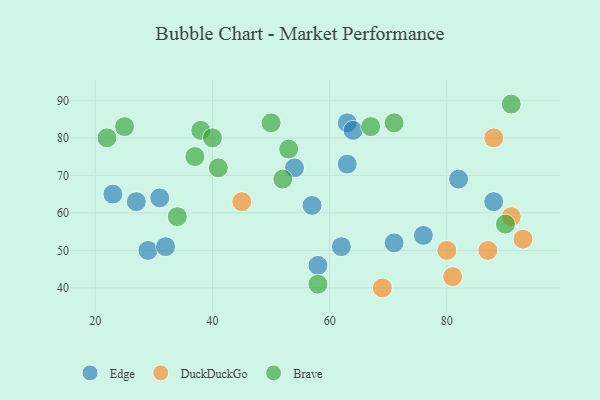
{"axis": {"x": "GDP", "y": "Life Expectancy"}, "legend": ["Brave", "DuckDuckGo", "Edge"], "data": [{"x": "63", "y": 73, "type": "Edge"}, {"x": "76", "y": 54, "type": "Edge"}, {"x": "88", "y": 63, "type": "Edge"}, {"x": "58", "y": 46, "type": "Edge"}, {"x": "71", "y": 52, "type": "Edge"}, {"x": "63", "y": 84, "type": "Edge"}, {"x": "23", "y": 65, "type": "Edge"}, {"x": "82", "y": 69, "type": "Edge"}, {"x": "57", "y": 62, "type": "Edge"}, {"x": "29", "y": 50, "type": "Edge"}, {"x": "54", "y": 72, "type": "Edge"}, {"x": "32", "y": 51, "type": "Edge"}, {"x": "27", "y": 63, "type": "Edge"}, {"x": "31", "y": 64, "type": "Edge"}, {"x": "64", "y": 82, "type": "Edge"}, {"x": "62", "y": 51, "type": "Edge"}, {"x": "87", "y": 50, "type": "DuckDuckGo"}, {"x": "45", "y": 63, "type": "DuckDuckGo"}, {"x": "93", "y": 53, "type": "DuckDuckGo"}, {"x": "81", "y": 43, "type": "DuckDuckGo"}, {"x": "69", "y": 40, "type": "DuckDuckGo"}, {"x": "80", "y": 50, "type": "DuckDuckGo"}, {"x": "91", "y": 59, "type": "DuckDuckGo"}, {"x": "88", "y": 80, "type": "DuckDuckGo"}, {"x": "52", "y": 69, "type": "Brave"}, {"x": "34", "y": 59, "type": "Brave"}, {"x": "90", "y": 57, "type": "Brave"}, {"x": "38", "y": 82, "type": "Brave"}, {"x": "67", "y": 83, "type": "Brave"}, {"x": "58", "y": 41, "type": "Brave"}, {"x": "41", "y": 72, "type": "Brave"}, {"x": "50", "y": 84, "type": "Brave"}, {"x": "40", "y": 80, "type": "Brave"}, {"x": "22", "y": 80, "type": "Brave"}, {"x": "37", "y": 75, "type": "Brave"}, {"x": "91", "y": 89, "type": "Brave"}, {"x": "25", "y": 83, "type": "Brave"}, {"x": "71", "y": 84, "type": "Brave"}, {"x": "53", "y": 77, "type": "Brave"}]}